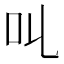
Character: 𠮪